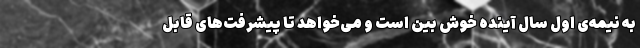
به نیمه‌ی اول سال آینده خوش بین است و می‌خواهد تا پیشرفت‌های قابل